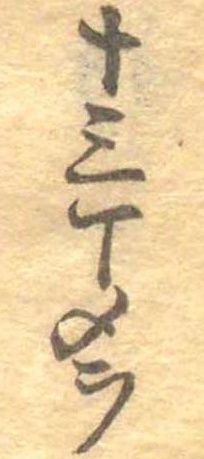
十三丁メヲ